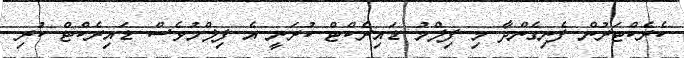
ކެރެކްޓަރުން ފެނިގެންދާ މި ފިލްމު ޑައިރެކްޓް ކުރަނީ އެ ފިލްމުވެސް ޑައިރެކްޓް ކުރި